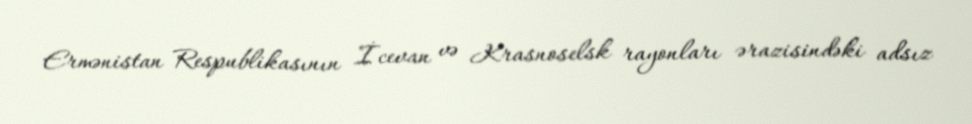
Ermənistan Respublikasının İcevan və Krasnoselsk rayonları ərazisindəki adsız